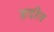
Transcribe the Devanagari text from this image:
हदीत